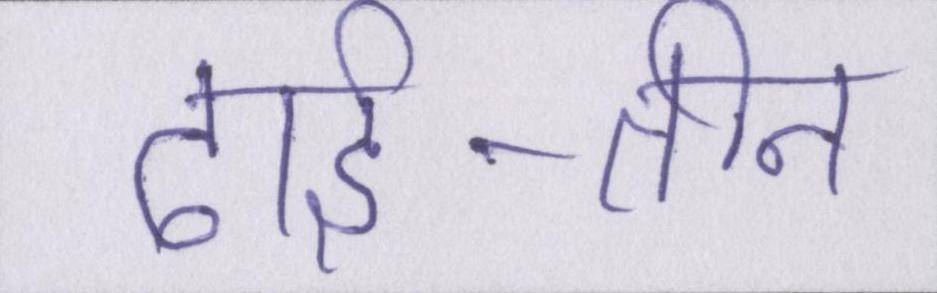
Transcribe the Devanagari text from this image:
ढाई-तीन